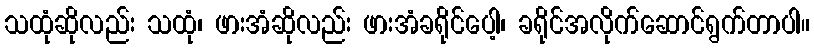
သထုံဆိုလည်း သထုံ၊ ဖားအံဆိုလည်း ဖားအံခရိုင်ပေါ့၊ ခရိုင်အလိုက်ဆောင်ရွက်တာပါ။